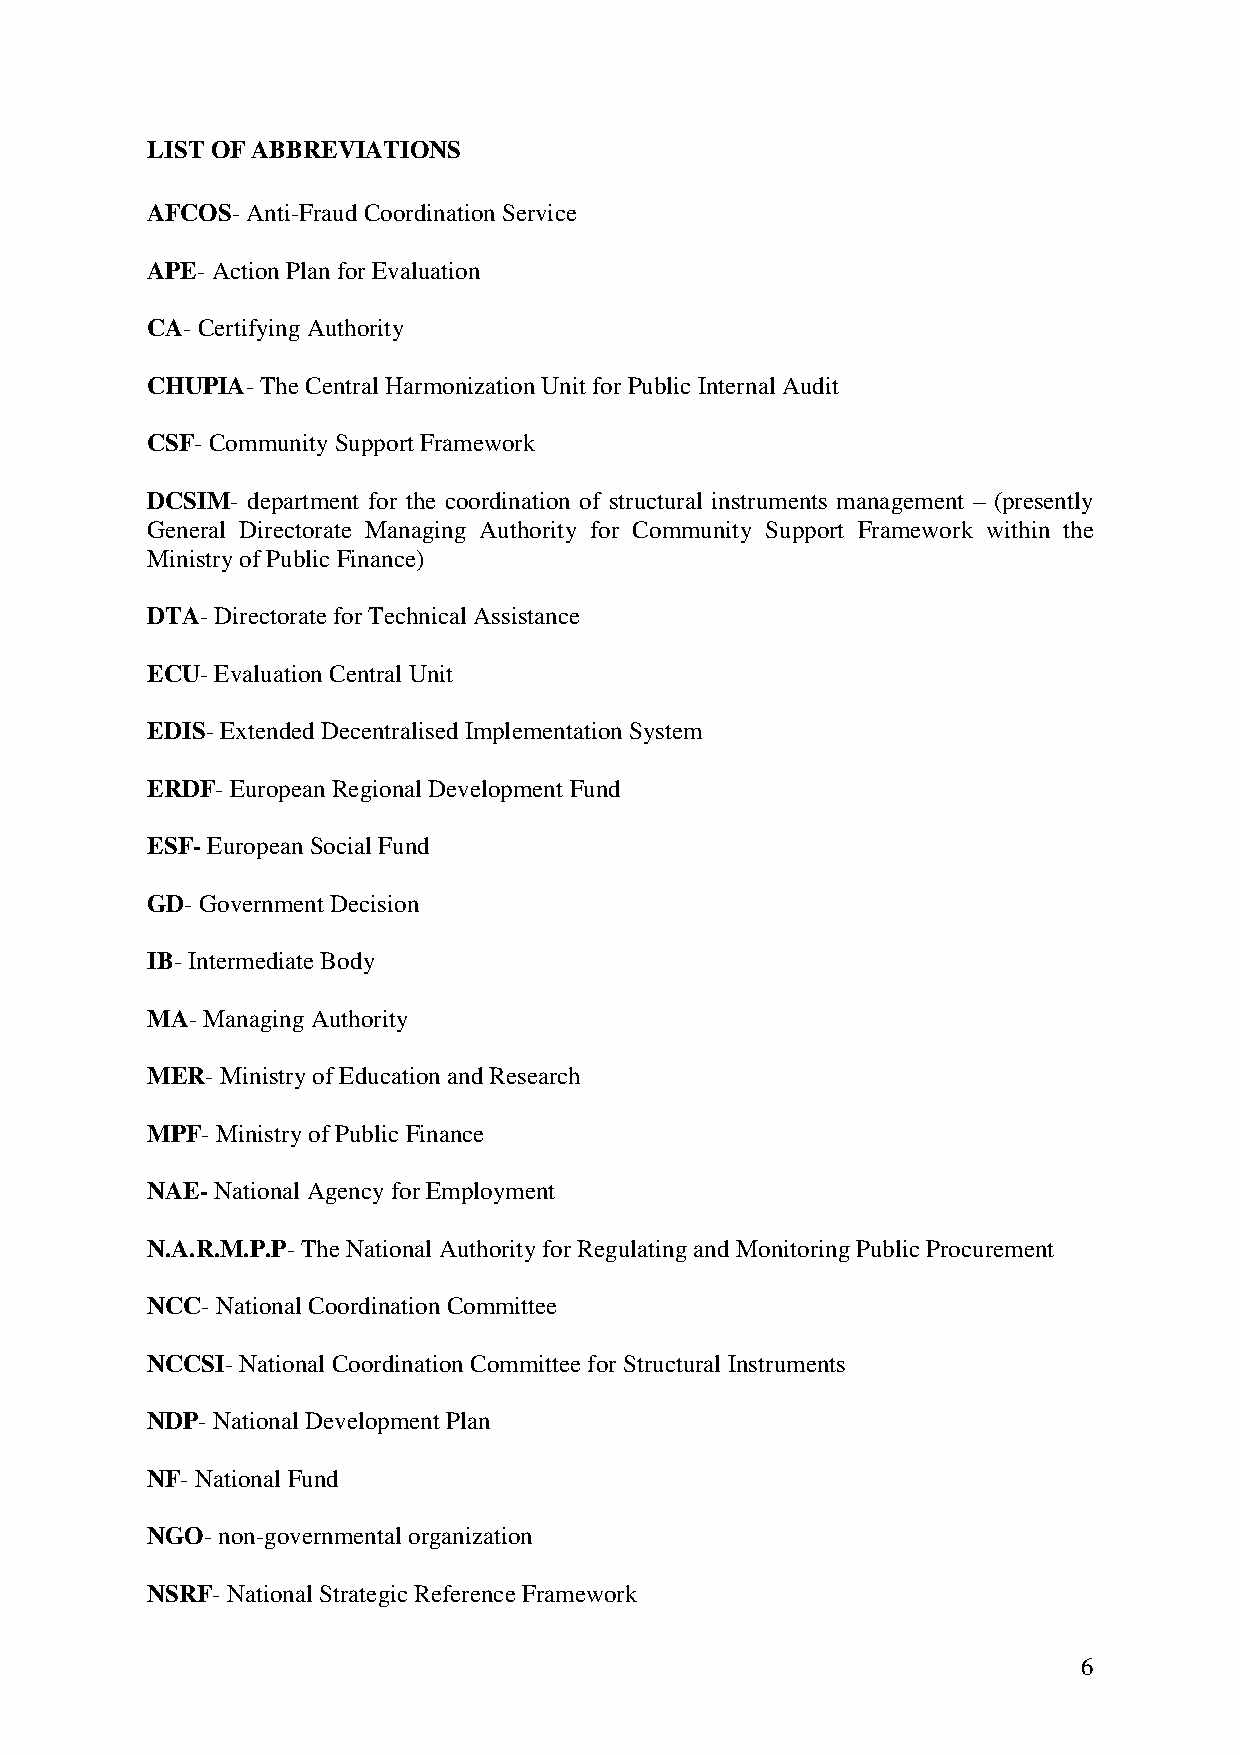
LIST OF ABBREVIATIONS
 AFCOS- Anti-Fraud Coordination Service
 APE- Action Plan for Evaluation
 CA- Certifying Authority
 CHUPIA- The Central Harmonization Unit for Public Internal Audit
 CSF- Community Support Framework
 DCSIM- department for the coordination of structural instruments management – (presently
 General Directorate Managing Authority for Community Support Framework within the
 Ministry of Public Finance)
 DTA- Directorate for Technical Assistance
 ECU- Evaluation Central Unit
 EDIS- Extended Decentralised Implementation System
 ERDF- European Regional Development Fund
 ESF- European Social Fund
 GD- Government Decision
 IB- Intermediate Body
 MA- Managing Authority
 MER- Ministry of Education and Research
 MPF- Ministry of Public Finance
 NAE- National Agency for Employment
 N.A.R.M.P.P- The National Authority for Regulating and Monitoring Public Procurement
 NCC- National Coordination Committee
 NCCSI- National Coordination Committee for Structural Instruments
 NDP- National Development Plan
 NF- National Fund
 NGO- non-governmental organization
 NSRF- National Strategic Reference Framework
 6